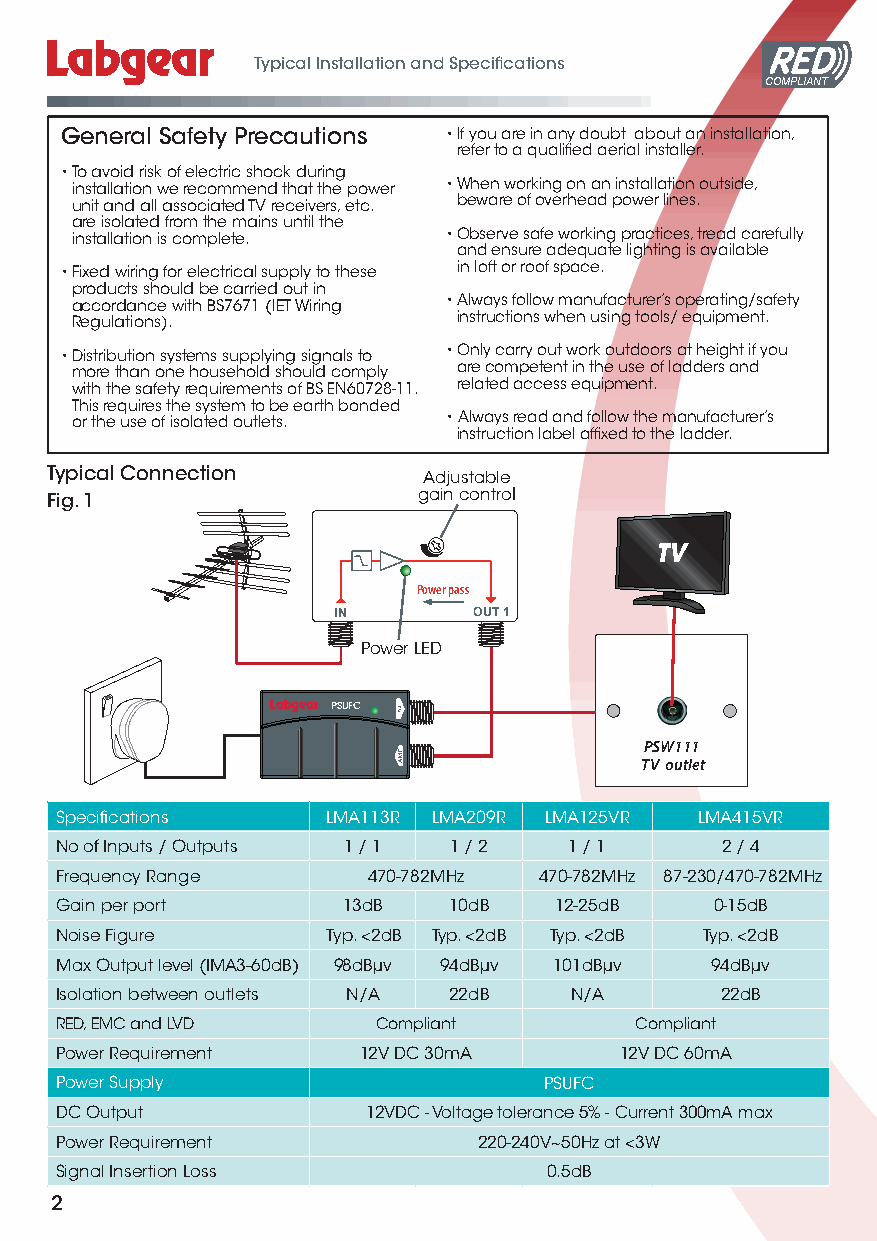
Typical Installation and Specifications
 COMPLIANT
 General Safety Precautions • If you are in any doubt about an installation,
 refer to a qualified aerial installer.
 • To avoid risk of electric shock during
 installation we recommend that the power • When working on an installation outside,
 unit and all associated TV receivers, etc. beware of overhead power lines.
 are isolated from the mains until the
 installation is complete. • Observe safe working practices, tread carefully
 and ensure adequate lighting is available
 • Fixed wiring for electrical supply to these in loft or roof space.
 products should be carried out in
 accordance with BS7671 (IET Wiring • Always follow manufacturer’s operating/safety
 Regulations).            instructions when using tools/ equipment.
 • Distribution systems supplying signals to • Only carry out work outdoors at height if you
 more than one household should comply are competent in the use of ladders and
 with the safety requirements of BS EN60728-11. related access equipment.
 This requires the system to be earth bonded
 or the use of isolated outlets. • Always read and follow the manufacturer’s
 instruction label affixed to the ladder.
 Typical Connection       Adjustable
 Fig. 1                   gain control
 TV
 Power pass
 IN       OUT 1
 Power LED
 PSUFC
 PSW111
 TV outlet
 Specifications    LMA113R LMA209R LMA125VR LMA415VR
 No of Inputs / Outputs 1 / 1 1 / 2 1 / 1    2 / 4
 Frequency Range     470-782MHz  470-782MHz 87-230/470-782MHz
 Gain per port      13dB   10dB   12-25dB   0-15dB
 Noise Figure      Typ. <2dB Typ. <2dB Typ. <2dB Typ. <2dB
 Max Output level (IMA3-60dB) 98dBµv 94dBµv 101dBµv 94dBµv
 Isolation between outlets N/A 22dB N/A      22dB
 RED, EMC and LVD     Compliant        Compliant
 Power Requirement   12V DC 30mA      12V DC 60mA
 Power Supply                    PSUFC
 DC Output           12VDC - Voltage tolerance 5% - Current 300mA max
 Power Requirement           220-240V~50Hz at <3W
 Signal Insertion Loss           0.5dB
 2